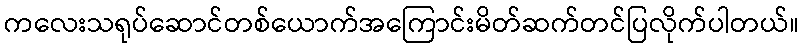
ကလေးသရုပ်ဆောင်တစ်ယောက်အကြောင်းမိတ်ဆက်တင်ပြလိုက်ပါတယ်။